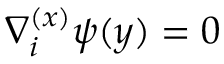
\nabla _ { i } ^ { ( x ) } \psi ( y ) = 0